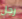
رجل